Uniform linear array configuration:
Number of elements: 12
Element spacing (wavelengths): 0.25
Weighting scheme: binomial
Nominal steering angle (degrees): -15
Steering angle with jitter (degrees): -14.174
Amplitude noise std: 0.05
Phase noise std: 0.05

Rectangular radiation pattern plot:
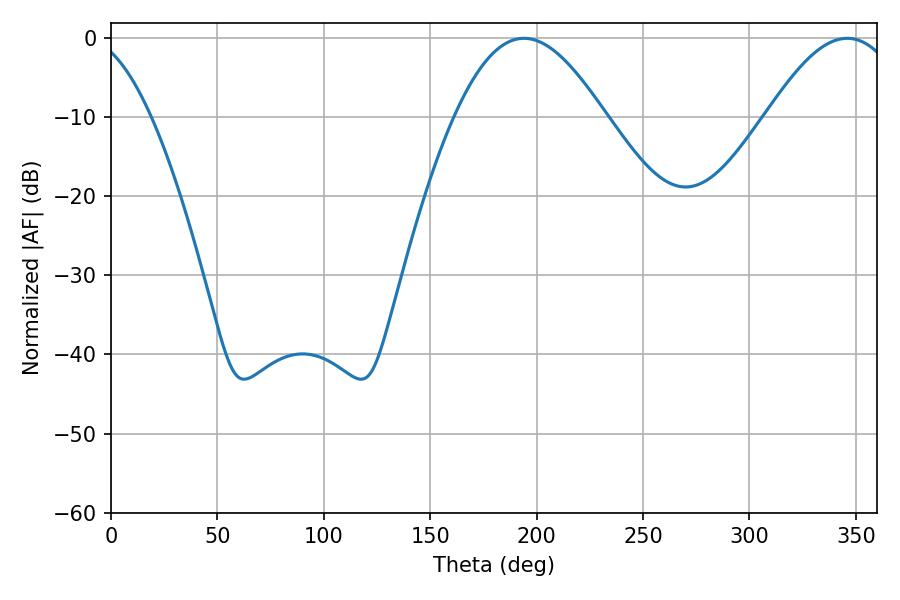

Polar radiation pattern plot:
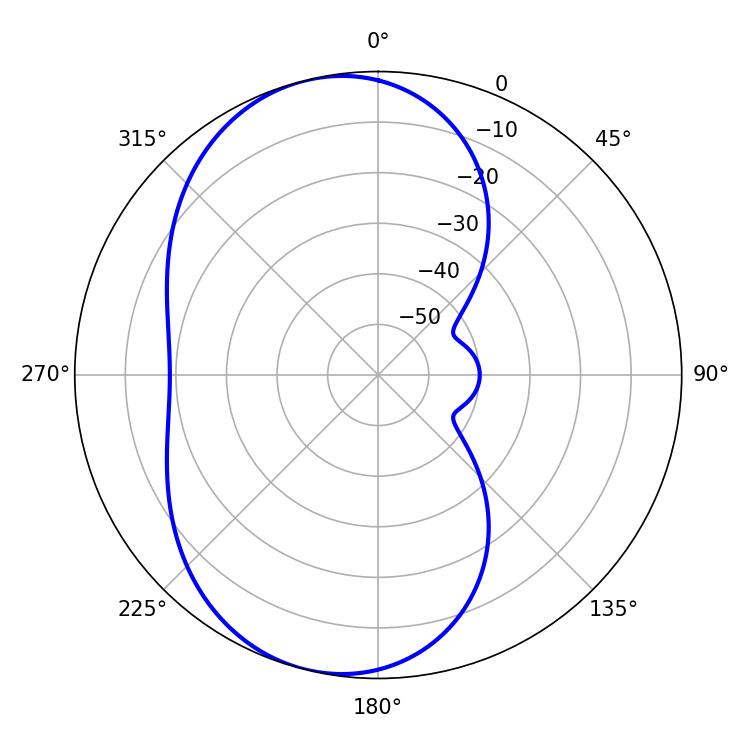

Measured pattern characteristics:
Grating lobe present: FALSE
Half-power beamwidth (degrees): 38.16
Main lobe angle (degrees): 194.04